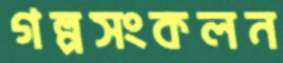
গল্পসংকলন